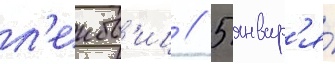
л'еибов'иц // 5 январ'я́